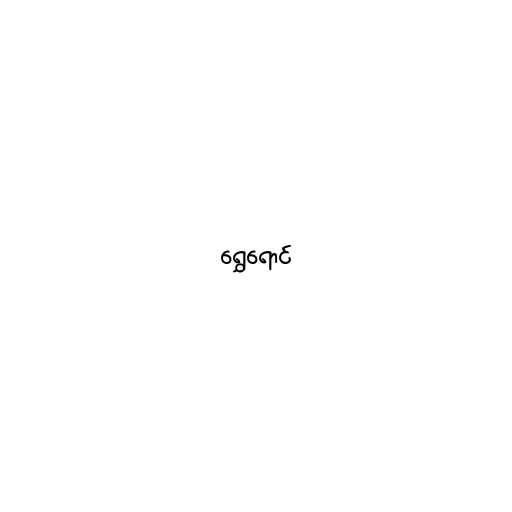
ရွှေရောင်